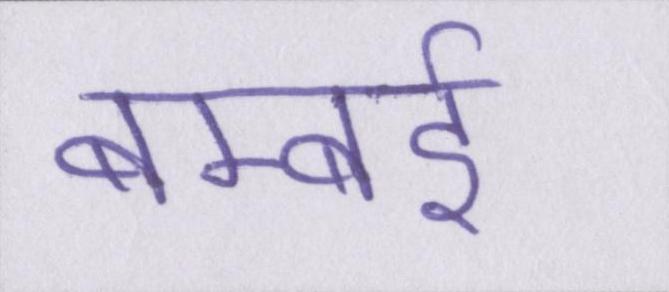
बम्बर्इ